Bombay plague: being a history of the progress of plague in the Bombay presidency from September 1896 to June 1899
Year: 1896
Disease focus: Plague
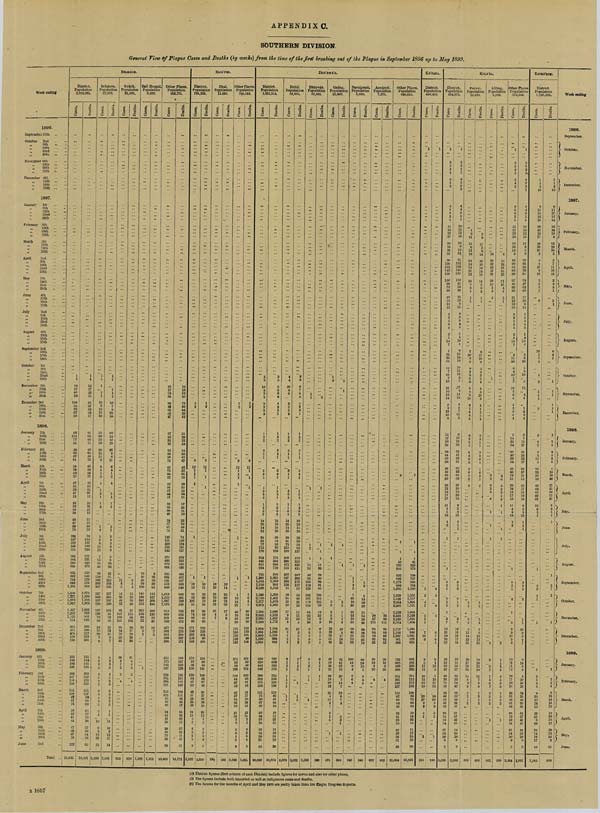
APPENDIX C.
SOUTHERN DIVISION.
General View of Plague Cases and Deaths (by weeks) from the time of the first breaking out of the Plague in September 1896 up to May 1899.
Week ending
1896.
September 25th
October 2nd
"
9th
"
16th
"
23rd
"
30th
November 6th
"
13th
"
20th
"
27th
December 4th
"
11th
"
18th
" 25th
1897.
January
1st
" 8th
" 15th
"
22nd
"
29th
February 5th
"
12th
" 19th
"
26th
March
5th
"
12th
"
19th
"
26th
April
2nd
"
9th
"
16th
"
23rd
"
30th
May
7th
"
14th
" 21st
"
28th
June
4th
"
11th
"
18th
"
25th
July
2nd
"
9th
"
16th
"
23rd
"
30th
August
6th
"
13th
"
20th
" 27th
September 3rd
"
10th
" 17th
"
24th
October
1st
"
8th
"
15th
"
22nd
"
29th
November 5th
"
12th
"
19th
"
26th
December 3rd
" 10th
" 17th
"
24th
"
31st
1898.
January 7th
" 14th
"
21st
" 28th
February 4th
"
11th
"
18th
"" 25th
26th
March
4th
" 11th
"
18th
" 25th
April
1st
"
8th
"
15th
"
22nd
"
29th
May
6th
" 13th
" 20th
" 27th
June
3rd
"
10th
" 17th
"
24th
July
1st
" 8th
" 15th
"
22nd
" 29th
August
5th
"
12th
"
19th
"
26th
September 2nd
"
9th
" 16th
" 23rd
" 30th
October
7th
" 14th
" 21st
" 28h
November 4th
"
11th
"
18th
"
25th
December 2nd
" 9th
"
16th
" 23rd
"
30th
1899.
January 6th
" 13th
"
20th
" 27th
February 3rd
"
10th
" 17th
"
24th
March
3rd
" 10th
"
17th
"
24th
"
31st
April
7th
"
14th
"
21st
" 28th
May
5th
"
12th
"
19th
"
26th
June
2nd
Total
BELGAUM.
District.
Population
1,013,261.
Cases.
1
1
19
17
80
70
100
58
75
67
83
93
114
77
81
49
69
67
84
54
79
69
25
47
34
38
47
18
23
32
50
26
24
27
69
78
128
187
232
245
354
282
504
590
644
656
802
744
848
1,358
1,500
1,777
1,695
1,592
1,427
1,292
1,135
774
613
475
476
439
239
242
184
194
166
246
187
210
194
155
130
87
92
74
36
32
41
44
47
43
87
79
122
25,645
Deaths.
1
1
16
17
53
50
85
57
53
63
77
91
93
69
71
40
64
49
78
48
56
56
22
42
33
34
37
12
18
26
41
19
22
22
50
52
76
130
187
190
266
237
331
445
472
453
549
578
576
958
1,070
1,303
1,244
1,262
1,062
968
901
648
495
389
377
334
201
185
154
141
134
203
150
170
152
111
117
70
68
62
35
27
32
26
37
30
54
58
65
19,401
Belgaum.
Population
27,952.
Cases.
1
1
1
2
1
10
9
13
31
36
56
69
52
38
26
10
11
9
9
4
1
3
4
1
3
1
1
2
2
4
2
6
3
13
12
7
15
18
40
56
138
162
206
307
327
343
327
230
167
106
78
58
24
26
20
7
8
4
5
2
5
4
6
2
3
3
8
4
3
5
2
1
16
9
3
12
23
23
3,260
Deaths.
1
1
1
1
1
10
7
9
25
35
60
54
47
28
26
8
6
11
6
4
1
2
4
3
1
1
2
1
1
2
4
3
9
9
5
8
20
36
41
91
123
148
225
257
265
237
130
105
81
56
48
25
22
15
8
7
4
3
2
3
4
5
3
3
3
6
2
2
5
1
1
11
10
2
13
17
14
2,501
Gokák.
Population
12,106.
Cases.
11
4
5
14
26
40
73
82
142
100
101
94
84
72
33
25
26
4
7
3
3
4
953
Deaths.
9
5
4
12
20
30
60
27
115
96
102
88
87
70
29
23
21
4
6
3
3
4
818
Bail Hongal.
Population
9,428.
Cases.
18
40
50
59
100
145
188
261
213
265
135
96
33
18
3
2
1
1,627
Deaths.
8
26
29
38
81
115
167
208
194
200
120
83
25
12
2
3
1,311
Other Places.
Population
963,775.
Cases.
18
17
78
69
90
49
62
36
47
37
45
25
43
23
59
56
75
45
75
68
22
43
34
37
44
17
22
30
50
26
24
27
67
74
126
181
229
232
342
275
489
572
604
582
624
521
579
946
1,014
1,220
1,067
1,076
913
909
861
582
477
362
382
399
206
212
175
185
157
239
181
204
191
152
122
83
89
69
34
31
41
28
38
40
75
56
99
19,805
Deaths.
16
16
52
49
75
50
44
38
42
31
39
22
43
14
56
43
67
42
52
55
20
38
33
34
34
11
17
24
41
19
22
22
49
51
74
126
184
181
257
232
323
425
436
404
432
417
385
648
686
851
769
828
730
652
666
473
370
278
289
297
171
160
147
133
128
196
145
163
149
108
111
68
66
57
34
26
32
15
27
28
41
41
51
14,771
BIJA'PUR.
District.
Population
796,339.
Cases.
1
2
8
12
1
1
1
1
1
1
18
13
32
82
102
53
64
74
50
99
171
150
123
116
142
172
92
59
136
119
84
67
52
43
37
34
26
19
21
15
3
2
2
6
1
5
9
2,322
Deaths.
1
2
5
11
1
1
1
1
10
11
26
66
79
34
66
59
45
60
133
128
101
90
105
134
89
48
101
109
68
67
48
34
27
30
29
14
22
11
2 2
3
3
3
4
5
1,889
Ilkal.
Population
11,895.
Cases.
18
13
31
70
88
32
21
4
7
284
Deaths.
10
11
25
60
75
29
17
5
6
238
Other Places.
Population
784,444.
Cases.
1
2
8
12
1
1
1
1
1
1
1
12
14
21
43
10
43
99
171
150
123
116
142
172
92
59
136
119
84
67
52
43
37
34
26
19
21
15
3 2
2
6
1
5
9
2,038
Deaths.
1
2
5
11
1
1
1
1
1
6
4
5
49
54
39
60
133
128
101
90
105
134
89
48
101
109
68
67
48
34
27
30
29
14
22
11
2 2
3
3
3
4
5
1,651
DHA'RWA'R.
District.
Population
1,051,314.
Cases.
5
6
10
8
7
1
2
2
3
2
1
2
2
2
1
1
3
6
1
1
2
6
2
1
1
3
5
14
25
14
32
38
62
77
112
170
212
446
811
934
755
1,308
1,483
1,150
2,109
1,586
2,750
2,277
2,374
2,284
2,655
2,289
2,260
1,884
1,304
1,438
1,190
1,082
959
810
442
448
289
292
275
250
141
72
80
87
29
25
43
33
19
22
31
26
31
43
38,658
Deaths.
3
5
6
8
6
6
4
2
3
1
1
2
2
2
1
1
3
6
1
1
1
5
1
1
2
3
5
13
19
15
26
26
54
56
92
139
174
364
668
718
580
1,065
1,200
964
1,722
1,365
1,401
1,818
1,865
1,648
2,213
1,937
1,772
1,595
1,066
1,259
994
842
809
668
382
376
234
229
193
199
110
63
81
64
34
19
17
27
15
11
18
28
19
26
31,374
Hubli.
Population
52,595.
Cases.
4
4
10
8
6
2
2
3
2
1
2
2
2
1
1
3
4
1
2
6
2
1
1
3
5
14
25
14
32
38
61
75
110
169
209
390
472
515
422
327
202
134
74
56
34
23
13
17
9
15
8
14
2
7
2
2
2
1
2
5
1
1
1
1
1
1
3,579
Deaths.
3
3
6
7
6
4
4
2
3
1
1
2
2
2
1
1
3
4
1
1
5
1
1
2
3
5
13
19
15
26
26
53
54
92
137
172
323
429
425
342
282
175
117
57
54
36
21
13
11
11
10
4
15
3
5
2
3
2
1
1
5
1
1
1
3,031
Dhárwár.
Population
32,841.
Cases.
1
1
1
1
2
1
15
24
40
55
102 118
128
185
167
176
122
64
33
12
20
6
5
8
8
3
6
1
3
1
1
1
1
1,312
Deaths.
2
1
1
1
1
11
20
39
46
96
81
85
156
133
125 89
42
22
6
9
6
3
3
5
4
3
1
2
1
1
1
996
Gadag.
Population
23,899.
Cases.
1
2
1
1
5
3
2
3
9
10
13
12
32
31
42
42
53
26
34
34
19
30
12
25
4
13 3
1
2
2
5
1
473
Deaths.
2
1
1
1
2
3
1
1
1
9
13
8
17
20
22
32
41
27
19
20
7
14
7
10
6 7
4
3
3 1
1
304
Navalgund.
Population
8,989.
Cases.
1
1
1
2
2
7
23
19
28
18
24
16
35
36
45
51
73
93
100
44
8
4
2
6
4
643
Deaths.
1
2
4
15
26
29
11
18
16
29
39
28
50
43
79
85
39
10
3
2
5
5
540
Annigeri.
Population
7,975.
Cases.
28
57
113
98
84
93
95
52
26
18
3
16
4
687
Deaths.
22
59
113
98
84
93
95
52
26
18
3
15
4
682
Other Places.
Population
925,015.
Cases.
2
1
1
1
56
323
395
293
925
1,178
896
1,905
1, 338
1,526
2,054
2,208
2,183
2,558
2,180
2,074
1,717
1,156
1,247
981
890
783
693
400
388
251
261
240
237
116
67
65
84
28
23
41
28
19
22
30
26
31
43
31,964
Deaths.
2
1
1
1
41
226
273
199
737
928
764
1,580
1,151
1,217
1,644
1,731
1,583
2,139
1,845
1,608
1,424
940
1,091
829
682
661
568
339
333
211
212
173
192
100
56
73
60
34
19
14
24
14
11
17
28
19
26
25,821
KA'NARA.
District.
Population
446,453.
Cases.
1
5
5
4
7
5
1
1
7
16
9
8
5
17
11
16
15
12
10
20
27
2
3
5
1
1
214
Deaths.
1
5
5
6
5
6
7
8
1
8
1
15
5
5
13
11
12
14
20
5
3
2
1
1
160
KOLA'BA.
District.
Population
594,872.
Cases.
1
3
3
2
1
5
4
2
6
5
6
2
1
15
18
22
27
33
16
26
35
90
136
151
143
126
150
66
73
29
25
13
10
12
2
9
5
6
4
2
5
14
7
7
24
20
23
14
7
15
7
13
21
10
15
14
5
3
13
10
8
11
17
26
36
36
44
36
36
46
49
86
59
36
22
16
17
17
11
4
5
12
1
3
1
1
5
2
1
2
1
2
1
3
7
12
21
24
16
31
28
32
32
42
49
29
70
50
44
40
53
45
53
68
70
43
54
67
54
30
6
3
3,258
Deaths.
1
2
2
2
2
4
3
3
1
4
4
6
5
1
10
15
13
19
28
9
13
31
65
132
152
145
126
119
67
59
26
21
12
8
11
6
5
3
4
3
1
4
10
4
6
15
18
19
10
11
12
5
7
17
3
14
13
4
2
7
13
8
6
10
16
28
24
41
25
31
35
43
64
59
39
20
15
20
13
9
3
3
13
1
1
2
1
3
2
2
2
1
2
2
7
12
18
23
17
24
28
31
30
27
29
32
54
42
36
33
49
34
47
51
57
42
45
54
58
29
9
3
2,802
Panvel.
Population
10,420.
Cases.
1
3
11
15
6
12
18
24
14
14
21
13
14
5
5
1
1
1
7
20
9
3
8
3
5
5
6
5
8
9
10
4
1
4
4
4
4
3
1
2
6
4
6
2
2
6
3
3
2
1
2
3
2
3
12
14
13
21
16
17
19
23
14
8
9
9
3
2
1
2
532
Deaths.
2
4
17
3
8
14
20
19
13
14
16
14
5
3
2
1
1
6
11
10
3
5
3
2
5
4
5
3
10
9
4
1
2
5
4
3
3
1
1
3
3
3
4
1
6
3
2
2
1
2
1
4
2
9
15
13
15
18
16
21
14
11
7
9
8
1
3
1
2
456
Alibág.
Population
5,888.
Cases.
14
18
32
53
57
25
39
16
3
2
3
1
5
5
6
3
3
4
1
1
1
2
2
2
7
7
4
5
7
2
5
4
2
1
342
Deaths.
8
12
28
57
55
23
31
15
4
2
3
1
4
6
5
3
3
1
3
1
1
1
1
2
1
1
1
4
4
5
3
6
1
5
5
2
1
309
Other Places.
Population
578,564.
Cases.
1
3
3
2
1
5
4
2
6
5
6
2
1
15
17
19
16
18
10
14
3
48
90
84
65
88
97
45
65
26
21
12
10
12
2
9
5
6
4
2
5
14
7
4
11
20
6
4
10
1
7
16
2
6
4
1
2
9
6
4
7
14
25
34
30
40
30
34
44
43
78
51
28
19
13
17
13
11
4
4
12
1
2
1
5
2
1
2
1
5
9
9
10
3
8
10
15
11
12
28
17
56
34
39
33
48
41
53
68
70
42
54
67
54
30
6
3
2,384
Deaths.
1
2
2
2
2
4
3
3
1
4
4
6
5
1
10
15
11
15
11
6
5
9
33
85
82
76
87
74
47
52
22
17
10
8
11
6
5
3
4
3
1
4
10
4
4
8
16
5
8
10
3
12
4
4
1
5
8
4
3
7
15
27
21
38
22
27
34
37
57
51
32
17
12
19
10
8
3
2
13
1
1
1
3
2
2
2
1
3
10
9
8
4
7
9
14
8
9
4
20
42
28
34
25
43
30
47
51
57
41
45
54
58
29
9
3
2,037
RATNA'GIRI.
District.
Population
1,105,926.
Cases.
1
1
3
10
9
11
18
16
19
20
42
18
17
16
39
27
3
8
8
17
9
16
2
3
5
3
6
10
1
1
1
1
2
1
1
1
2
2
2
7
2
3
15
5
10
23
29
56
43
43
82
49
23
10
5
3
1
1
3
9
1
1
1
1
2
1
2
8
9
20
17
18
13
25
21
9
22
23
14
16
17
10
1,045
Deaths.
1
1 2
10
9
11
17
17
14
16
34
18
8
12
29
30
3
5
7
11
10
12
2
2
5
1
5
1
6
4
1
1
1
1
1
1
1
2
2
6
4
3
6
8
4
15
16
46
37
41
50
51
21
8
8
5
1
1
1
3
7
2
1
1
2
2
4
9
16
14
15
12
18
20
10
12
29
13
13
9
11
869
Week ending
1896.
September.
October.
November.
December.
1897.
January.
February.
March.
April.
May.
June.
July.
August.
September.
October.
November.
December.
1898.
January.
February.
March.
April.
May.
June.
July.
August.
September.
October.
November.
December.
1899.
January.
February.
March.
April.
May.
June.
(1) District figures (first column of each District) include figures for towns and also for other places.
(2) The figures include both imported as well as indigenous cases and deaths.
(3) The figures for the months of April and May 1899 are partly taken from the Plague Progress Reports.
B 1657